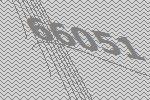
66051